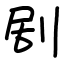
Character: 剧